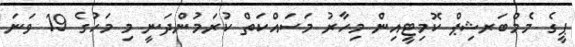
ޕީގެ މެމްބަރޝިޕް ކޮމިޓީއިން މިހާރު މަސައްކަތް ކުރަމުންދަނީ މި މަހުގެ 19 ވަނަ